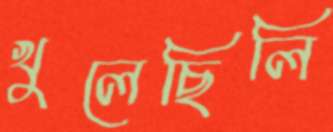
খুলেছিলি